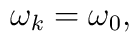
\omega_{k} = \omega_{0},